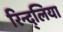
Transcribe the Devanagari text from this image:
रिन्द्लिया